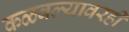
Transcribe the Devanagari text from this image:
कळवल्यावरही